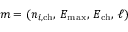
m = ( n _ { i , \mathrm { c h } } , \, E _ { \mathrm { m a x } } , \, E _ { \mathrm { c h } } , \, \ell )